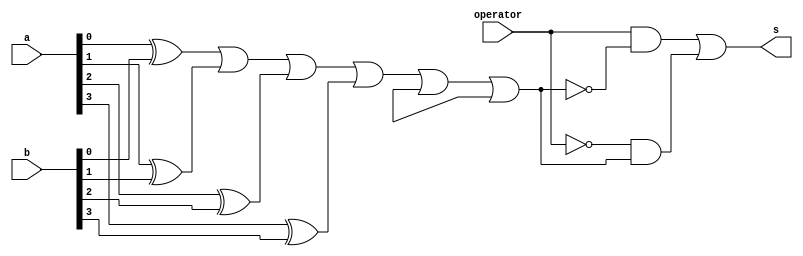
// -------------------------
// Extra02
// Nome: Lucas Siqueira Chagas
// ------------------------- 

module extra02  (output s,
  input operator,
  input [3:0]a,
  input [3:0]b); 
 wire sxor1;
 wire sxor2;
 wire sxor3;
 wire sxor4;
 wire sxor5;
 wire sxor6;
 wire noperator;
 wire sor;
 wire sand1;
 wire sand2;
 
xor XOR1 (sxor1,a[0],b[0]);
xor XOR2 (sxor2,a[1],b[1]);
xor XOR3 (sxor3,a[2],b[2]);
xor XOR4 (sxor4,a[3],b[3]);
xor XOR5 (sxor5,a[4],b[4]);
xor XOR6 (sxor6,a[5],b[5]);
or OR1 (sor,sxor1,sxor2,sxor3,sxor4,sxor5,sxor6);
not NOT1 (notor,sor);
and AND1 (sand1,operator,notor);
not NOT2 (noperator,operator);
and AND2 (sand2,noperator,sor);
or OR2 (s,sand1,sand2);


endmodule //extra02;

module test_extra02; 

// ------------------------- definir dados 
  reg [3:0] x; 
  reg [3:0] y;
  reg op; 
  wire s;
  
extra02 ERROR (s,op,x,y);

// ------------------------- parte principal
 initial begin
x = 4'b0000;		y=4'b1111;  op=1'b0;

$display("Extra02 - Lucas Siqueira Chagas - 380783");
$display("Test Somador Algbrico selecionvel (Chave)");
$display("\n *** Resultado ***  ");
$display("\n Chave 0 = Diferena \n Chave 1 = Equals \n");
$monitor("x=%b	  y=%b	\n    Chave = %b	\n	Resultado =%b	\n\n",x,y,op,s);

#1 x=4'b1111;	y = 4'b1011;
#1 op = 1'b1;
#1 x=4'b1111;	y = 4'b1111;
#1 op=1'b0;
#1 x=4'b0011;	y = 4'b0011;


end

endmodule //extra02